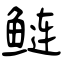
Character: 鲢